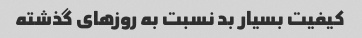
کیفیت بسیار بد نسبت به روزهای گذشته